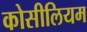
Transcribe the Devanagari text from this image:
कोसीलियम